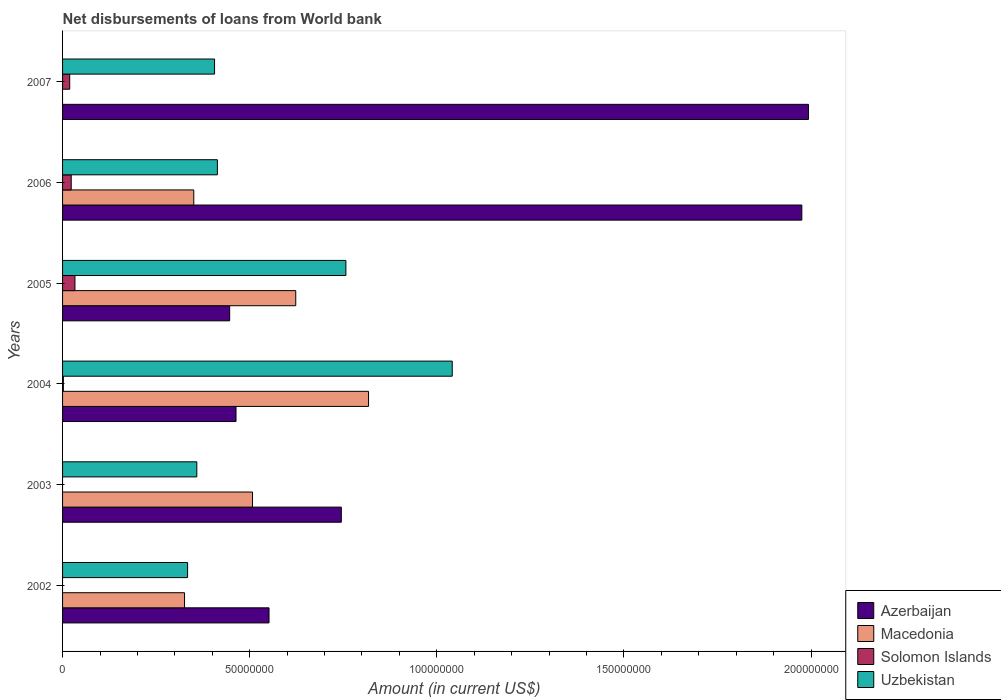
| Years | Azerbaijan | Macedonia | Solomon Islands | Uzbekistan |
 | --- | --- | --- | --- | --- |
 | 2002 | 5.52e+07 | 3.26e+07 | -5.3e+04 | 3.34e+07 |
 | 2003 | 7.45e+07 | 5.07e+07 | -2.13e+06 | 3.59e+07 |
 | 2004 | 4.63e+07 | 8.18e+07 | 2.13e+05 | 1.04e+08 |
 | 2005 | 4.46e+07 | 6.23e+07 | 3.31e+06 | 7.57e+07 |
 | 2006 | 1.98e+08 | 3.51e+07 | 2.31e+06 | 4.14e+07 |
 | 2007 | 1.99e+08 | -6.33e+07 | 1.91e+06 | 4.06e+07 |